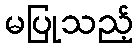
မပြုသည့်